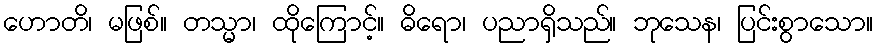
ဟောတိ၊ မဖြစ်။ တသ္မာ၊ ထိုကြောင့်။ ဓိရော၊ ပညာရှိသည်။ ဘုသေန၊ ပြင်းစွာသော။